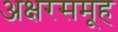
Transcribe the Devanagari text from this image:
अक्षरसमूह